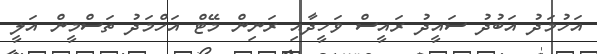
އަހުމަދު އަބުދު ސައީދު ރައީސް ވަހީދާއި ރަނިން މޭޓް އަހްމަދު ތަސްމީން އަލީ